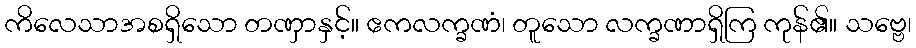
ကိလေသာအစရှိသော တဏှာနှင့်။ ဧကလက္ခဏံ၊ တူသော လက္ခဏာရှိကြ ကုန်၏။ သဗ္ဗေ၊